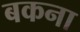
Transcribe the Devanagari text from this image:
बकना